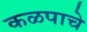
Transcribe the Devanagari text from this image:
कळपाचे